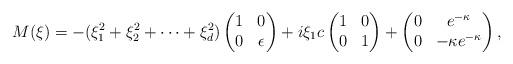
LaTeX: \begin{align*}M(\xi)=-(\xi_1^2+\xi_2^2+\cdots+\xi_d^2)\begin{pmatrix}1 & 0 \\ 0 &\epsilon\end{pmatrix}+i\xi_1 c\begin{pmatrix}1 &0 \\ 0&1\end{pmatrix}+\begin{pmatrix}0 & e^{-\kappa} \\ 0 &-\kappa e^{-\kappa}\end{pmatrix},\end{align*}